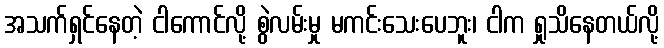
အသက်ရှင်နေတဲ့ ငါကောင်လို့ စွဲလမ်းမှု မကင်းသေးပေဘူး၊ ငါက ရှုသိနေတယ်လို့